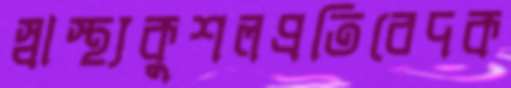
স্বাস্থ্যকুশলপ্রতিবেদক